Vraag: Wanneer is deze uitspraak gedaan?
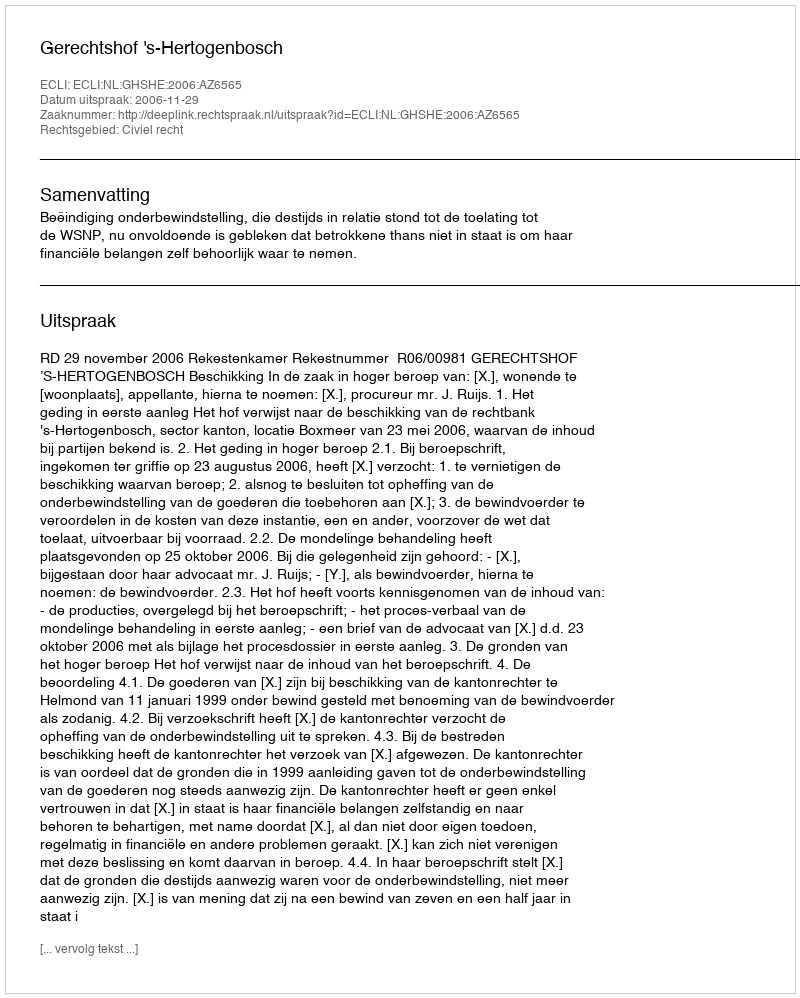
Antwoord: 2006-11-29